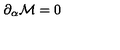
\partial _ { \alpha } { \cal M } = 0